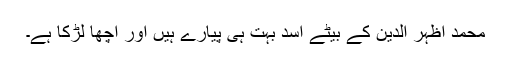
محمد اظہر الدین کے بیٹے اسد بہت ہی پیارے ہیں اور اچھا لڑکا ہے۔